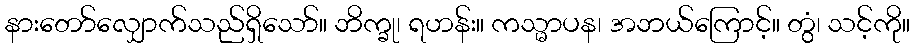
နားတော်လျှောက်သည်ရှိသော်။ ဘိက္ခု၊ ရဟန်း။ ကသ္မာပန၊ အဘယ်ကြောင့်။ တွံ၊ သင့်ကို။